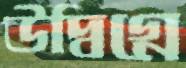
উদ্বিগ্নে